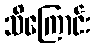
သိကြောင်း